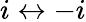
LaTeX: i\leftrightarrow-i